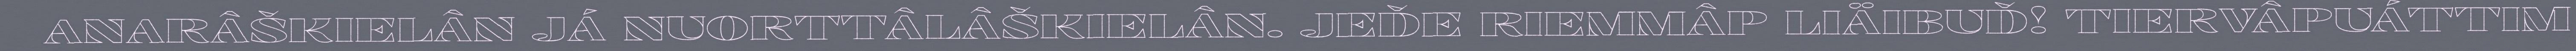
ANARÂŠKIELÂN JÁ NUORTTÂLÂŠKIELÂN. JEĐE RIEMMÂP LIÄIBUĐ! TIERVÂPUÁTTIM